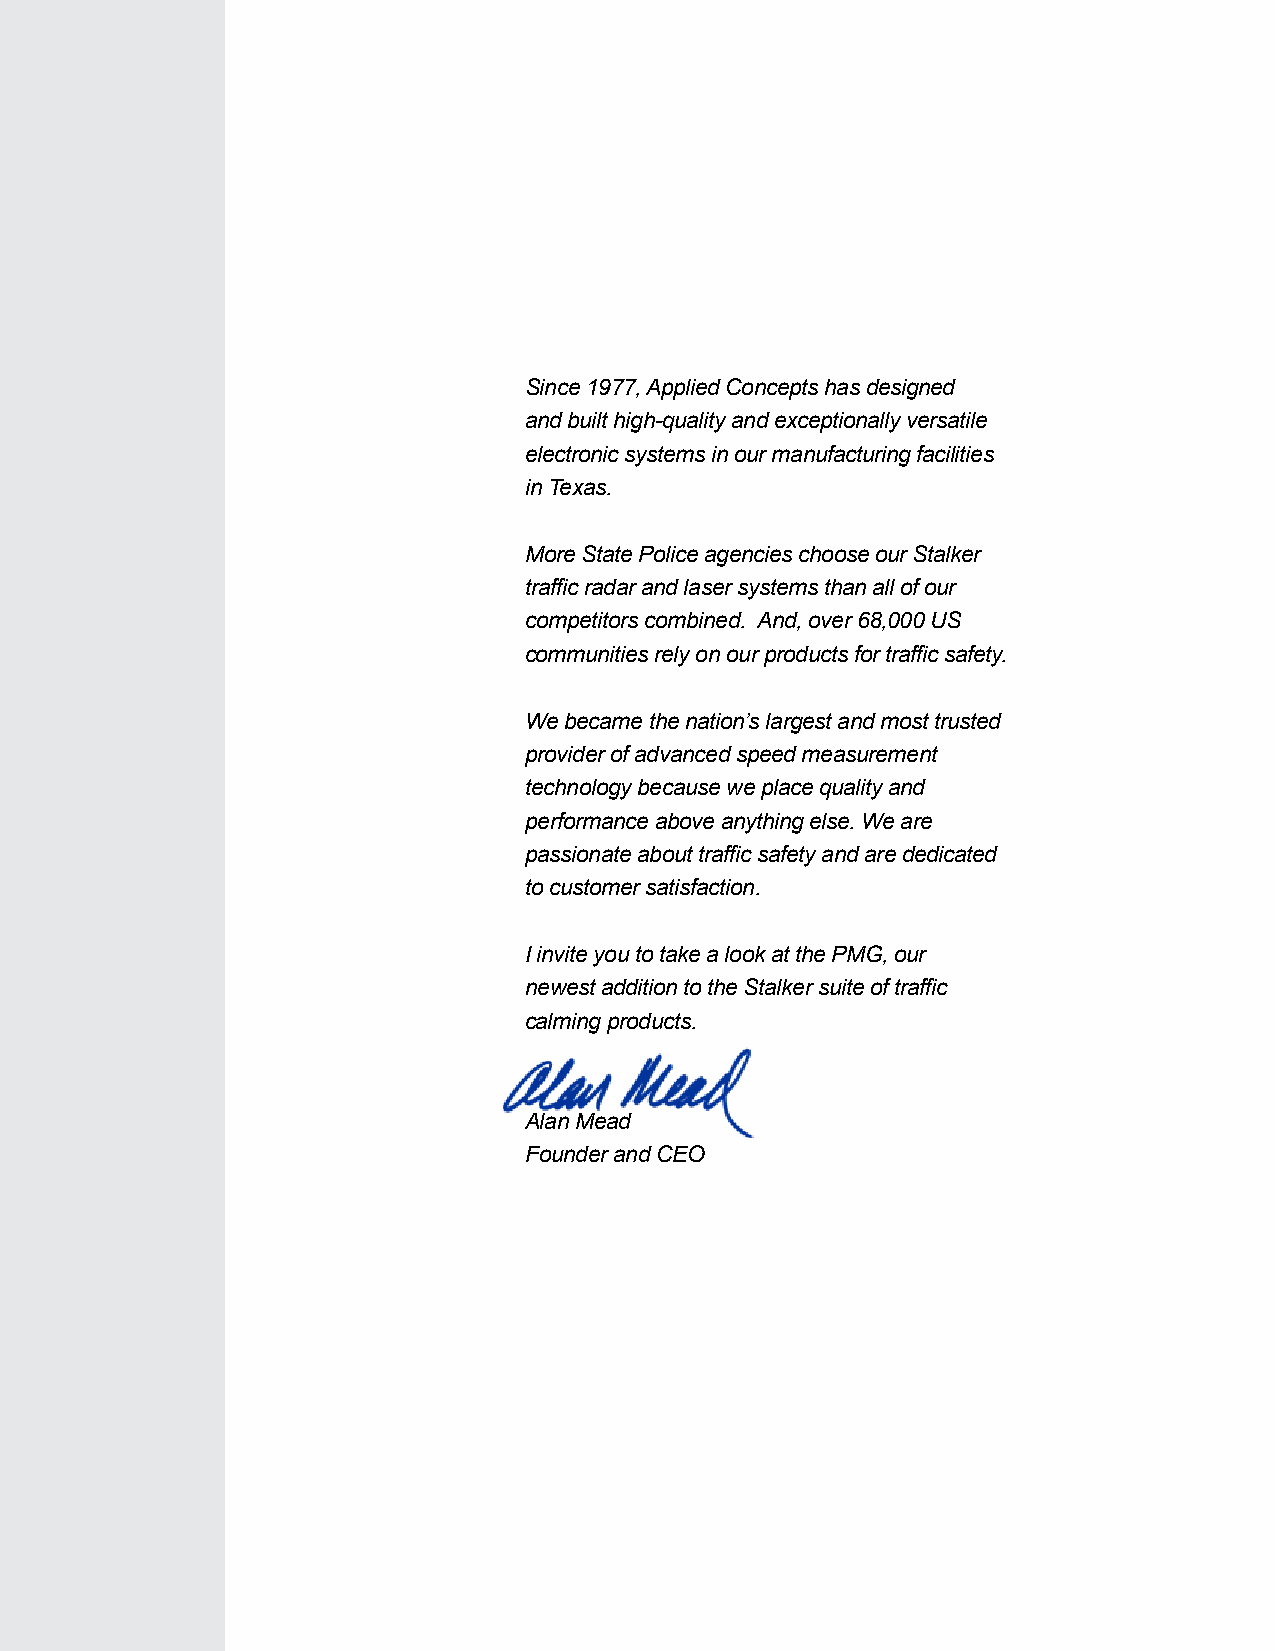
Since 1977, Applied Concepts has designed
 and built high-quality and exceptionally versatile
 electronic systems in our manufacturing facilities
 in Texas.
 More State Police agencies choose our Stalker
 traffic radar and laser systems than all of our
 competitors combined. And, over 68,000 US
 communities rely on our products for traffic safety.
 We became the nation’s largest and most trusted
 provider of advanced speed measurement
 technology because we place quality and
 performance above anything else. We are
 passionate about traffic safety and are dedicated
 to customer satisfaction.
 I invite you to take a look at the PMG, our
 newest addition to the Stalker suite of traffic
 calming products.
 Alan Mead
 Founder and CEO
 tsylanA
 kciuQ
 reklatS